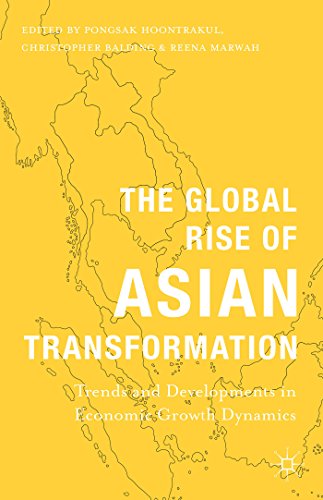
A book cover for The Global Rise of Asian Transformation: Trends and Developments in Economic Growth Dynamics; Business & Money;